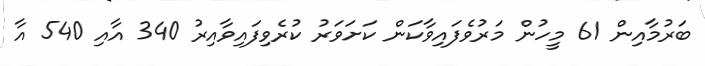
ބަރުމާއިން 61 މީހުން މަރުވެފައިވާކަން ކަށަވަރު ކުރެވިފައިވާއިރު 340 އާއި 540 އާ